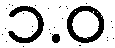
၁.ဝ